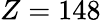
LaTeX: Z=148